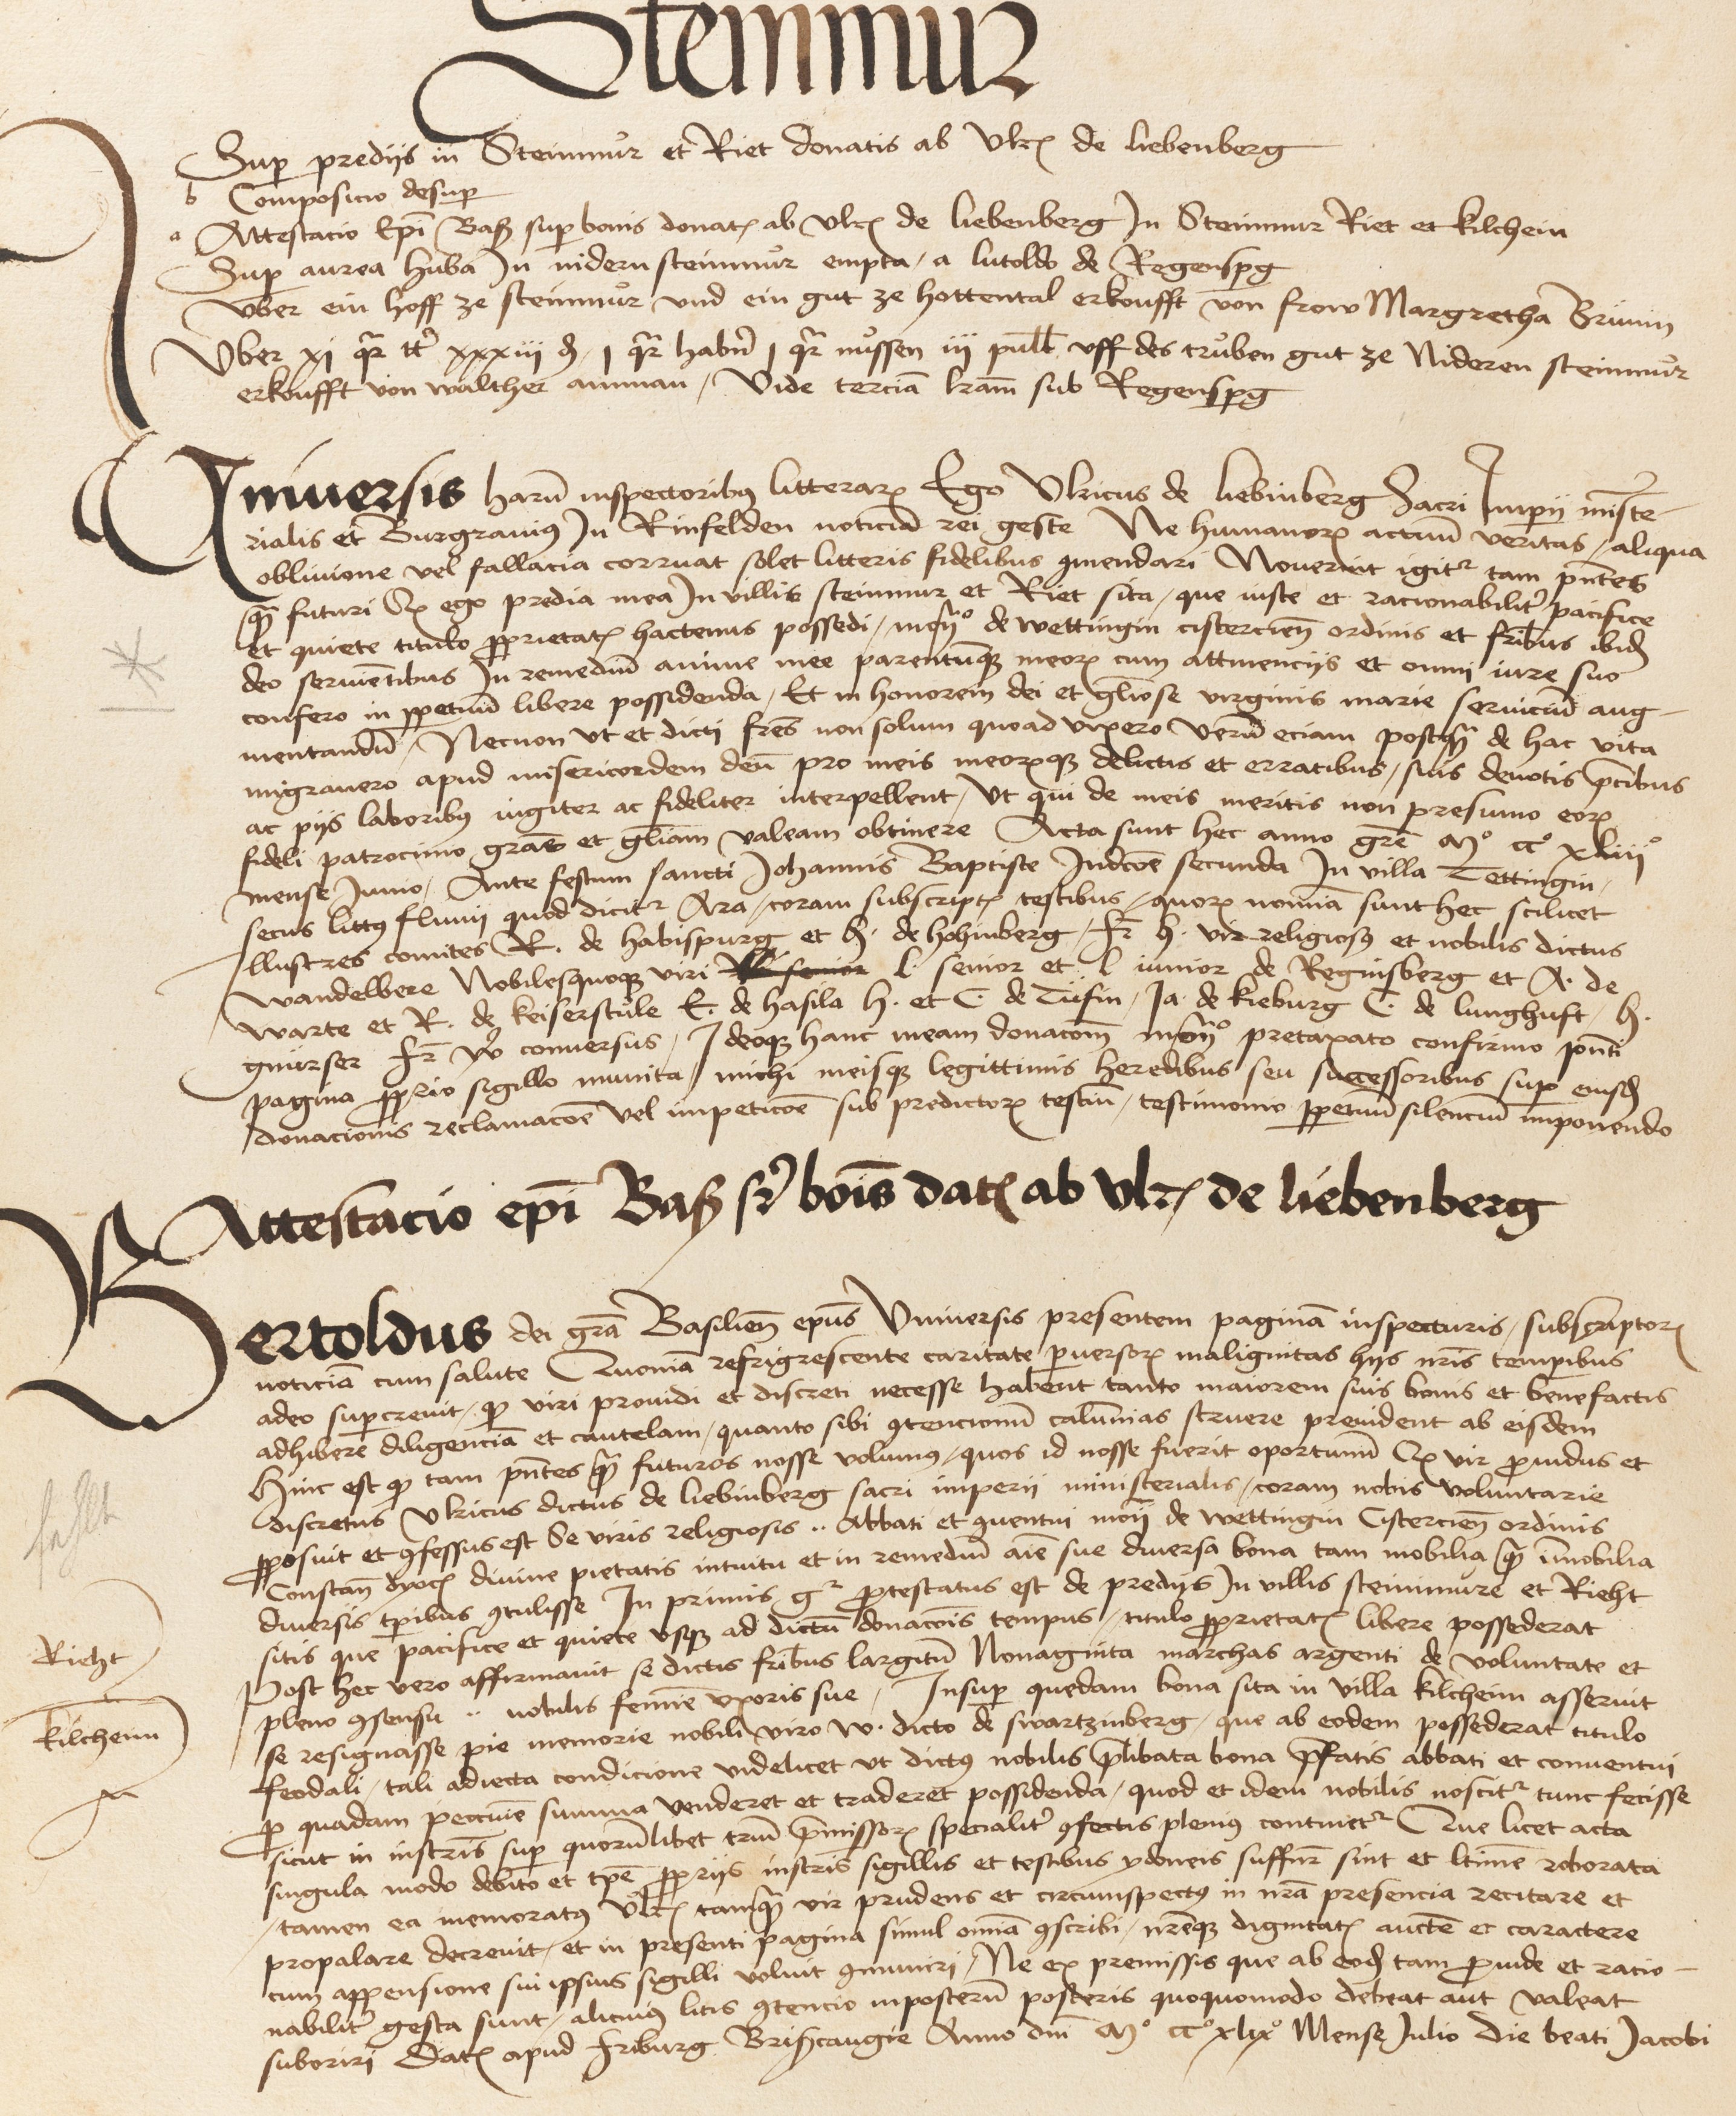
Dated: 1475–1505